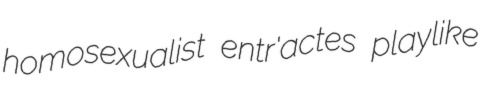
homosexualist entr'actes playlike